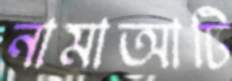
নামাআটি